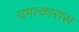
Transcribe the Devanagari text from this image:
चमत्कारास